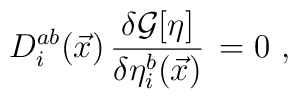
D^{ab}_i(\vec{x}) \, \frac{\delta {\cal G}[\eta]}{\delta \eta^b_i(\vec{x})} \, = 0 \, \, ,